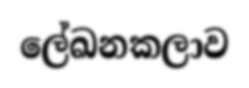
ලේඛනකලාව